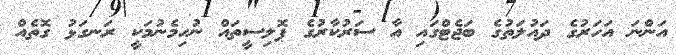
އަންނަ އަހަރުގެ ދައުލަތުގެ ބަޖެޓްގައި އާ ސަރުކާރުގެ ޕޮލިސީތައް ނުހިމެނުމަކީ ރަނގަޅު ގޮތެއް